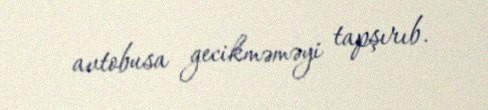
avtobusa gecikməməyi tapşırıb.